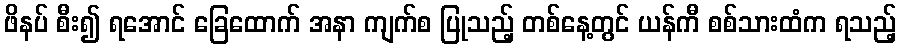
ဖိနပ် စီး၍ ရအောင် ခြေထောက် အနာ ကျက်စ ပြုသည့် တစ်နေ့တွင် ယန်ကီ စစ်သားထံက ရသည့်